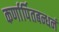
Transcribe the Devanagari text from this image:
कर्णार्पितबन्धनं